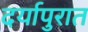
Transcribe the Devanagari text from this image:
दर्यापुरात